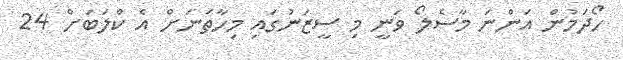
ހޯދަމުން އަންނަ މާސެލޯ ވަނީ މި ސީޒަނުގައި މިހާތަނަށް އެ ކްލަބަށް 24